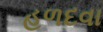
હળદવા